Malaria in the Duars
Disease focus: Malaria
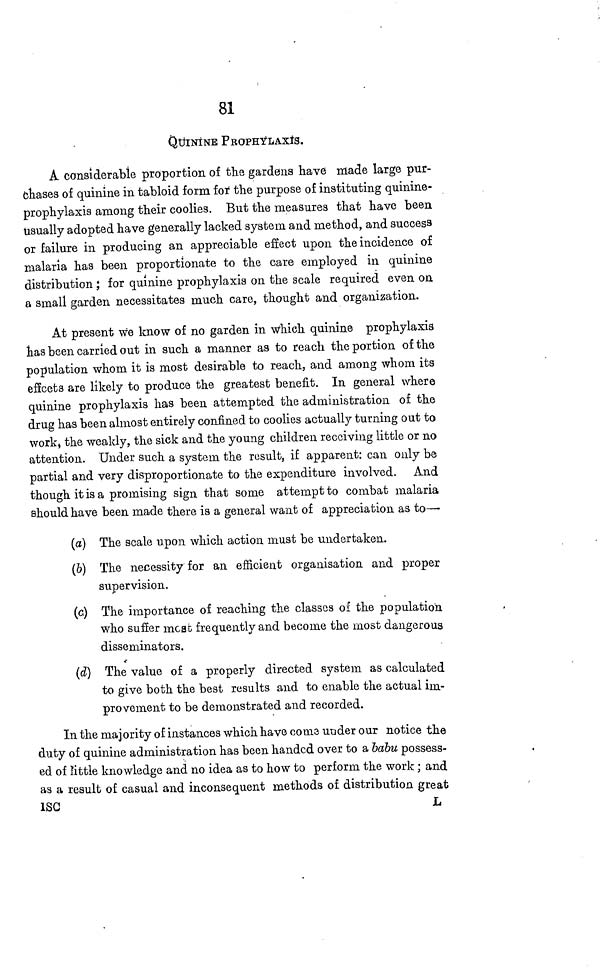
81
QUININE PROPHYLAXIS.
A considerable proportion of the gardens have made large pur-
chases of quinine in tabloid form for the purpose of instituting quinine-
prophylaxis among their coolies. But the measures that have been
Usually adopted have generally lacked system and method, and success
or failure in producing an appreciable effect upon the incidence of
malaria has been proportionate to the care employed in quinine
distribution ; for quinine prophylaxis on the scale required even on
a small garden necessitates much care, thought and organization.
At present we know of no garden in which quinine prophylaxis
has been carried out in such a manner as to reach the portion of the
population whom it is most desirable to reach, and among whom its
effects are likely to produce the greatest benefit. In general where
quinine prophylaxis has been attempted the administration of the
drug has been almost entirely confined to coolies actually turning out to
work, the weakly, the sick and the young children receiving little or no
attention. Under such a system the result, if apparent: can only be
partial and very disproportionate to the expenditure involved. And
though it is a promising sign that some attempt to combat malaria
should have been made there is a general want of appreciation as to—
(a) The scale upon which action must be undertaken.
(b) The necessity for an efficient organisation and proper
supervision.
(c.) The importance of reaching the classes of the population
who suffer meat frequently and become the most dangerous
disseminators.
(d) The value of a properly directed system as calculated
to give both the best results and to enable the actual im-
provement to be demonstrated and recorded.
In the majority of instances which have coma under our notice the
duty of quinine administration has been handed over to a babu possess-
ed of little knowledge and no idea as to how to perform the work ; and
as a result of casual and inconsequent methods of distribution great
ISC
L